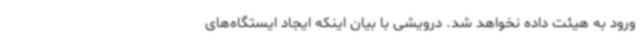
ورود به هیئت داده نخواهد شد. درویشی با بیان اینکه ایجاد ایستگاه‌های